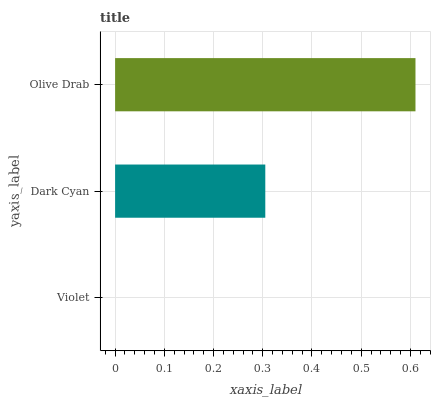
| yaxis_label | bars |
 | --- | --- |
 | Violet | 0 |
 | Dark Cyan | 0.305 |
 | Olive Drab | 0.61 |